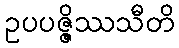
ဥပပဇ္ဇိဿသီတိ